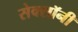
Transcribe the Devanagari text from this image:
सेक्सॉनी